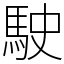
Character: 駛